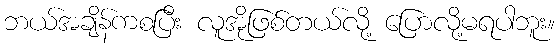
ဘယ်အချိန်ကစပြီး လူအိုဖြစ်တယ်လို့ ပြောလို့မရပါဘူး။